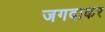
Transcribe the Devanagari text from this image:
जगदाकर